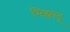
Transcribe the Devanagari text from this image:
मिझावू